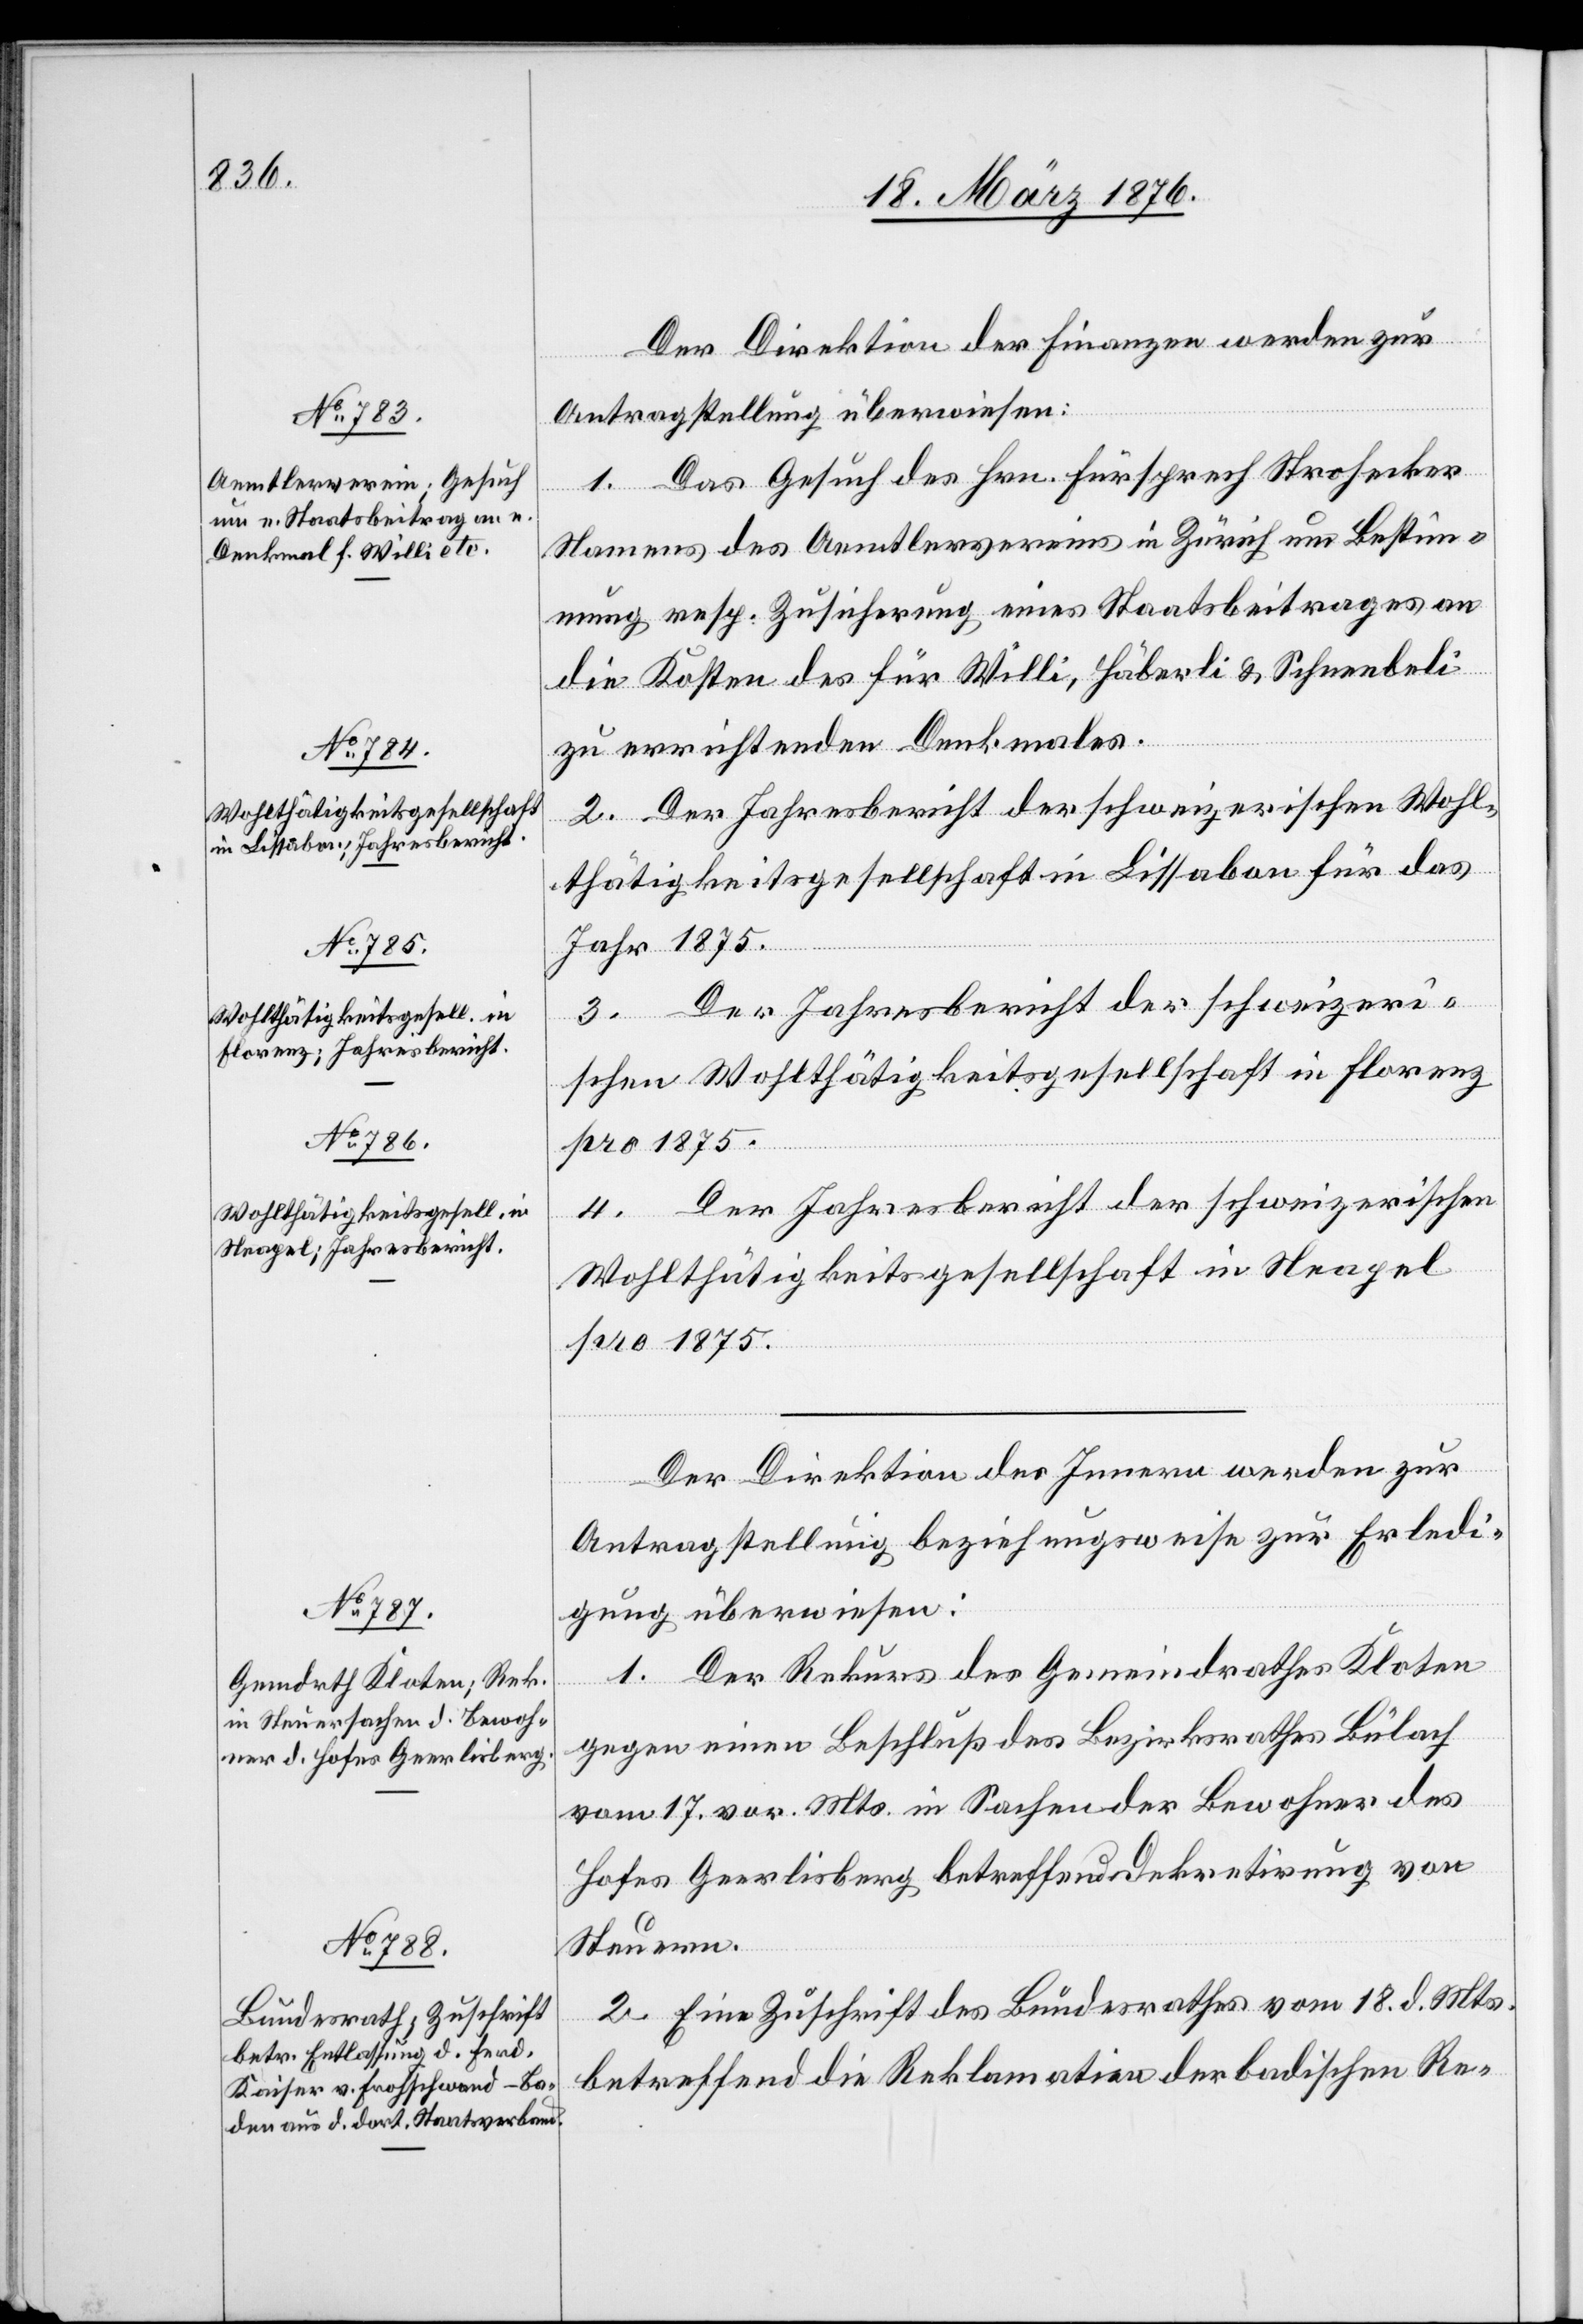
22. März 1876.]
Der Direktion der Finanzen werden zur
Antragstellung überwiesen:
1. Das Gesuch des Hrn. Fürsprech Strohecker
Namens des Aemtlervereins in Zürich um Bestim¬
mung resp. Zusicherung eines Staatsbeitrages an
die Kosten des für Willi, Häberli & Schneebeli
zu errichtenden Denkmales.
2. Der Jahresbericht der schweizerischen Wohl¬
thätigkeitsgesellschaft in Lissabon für das
Jahr 1875.
3. Der Jahresbericht der schweizeri¬
schen Wohlthätigkeitsgesellschaft in Florenz
3. Der Jahresbericht der schweizerischen
Wohlthätigkeitsgesellschaft in Neapel
pro 1875.
Der Direktion des Innern werden zur
Antragstellung beziehungsweise zur Erledi¬
gung überwiesen:
1. Der Rekurs des Gemeindrathes Kloten
gegen einen Beschluß des Bezirksrathes Bülach
vom 17. vor. Mts. in Sachen der Bewohner des
Hofes Geerlisberg betreffend Dekretirung von
Steuern.
2. Eine Zuschrift des Bundesrathes vom 18. d. Mts.
betreffend die Reklamation der badischen Re-